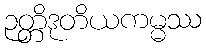
ဉတ္တိဒုတိယကမ္မဿ